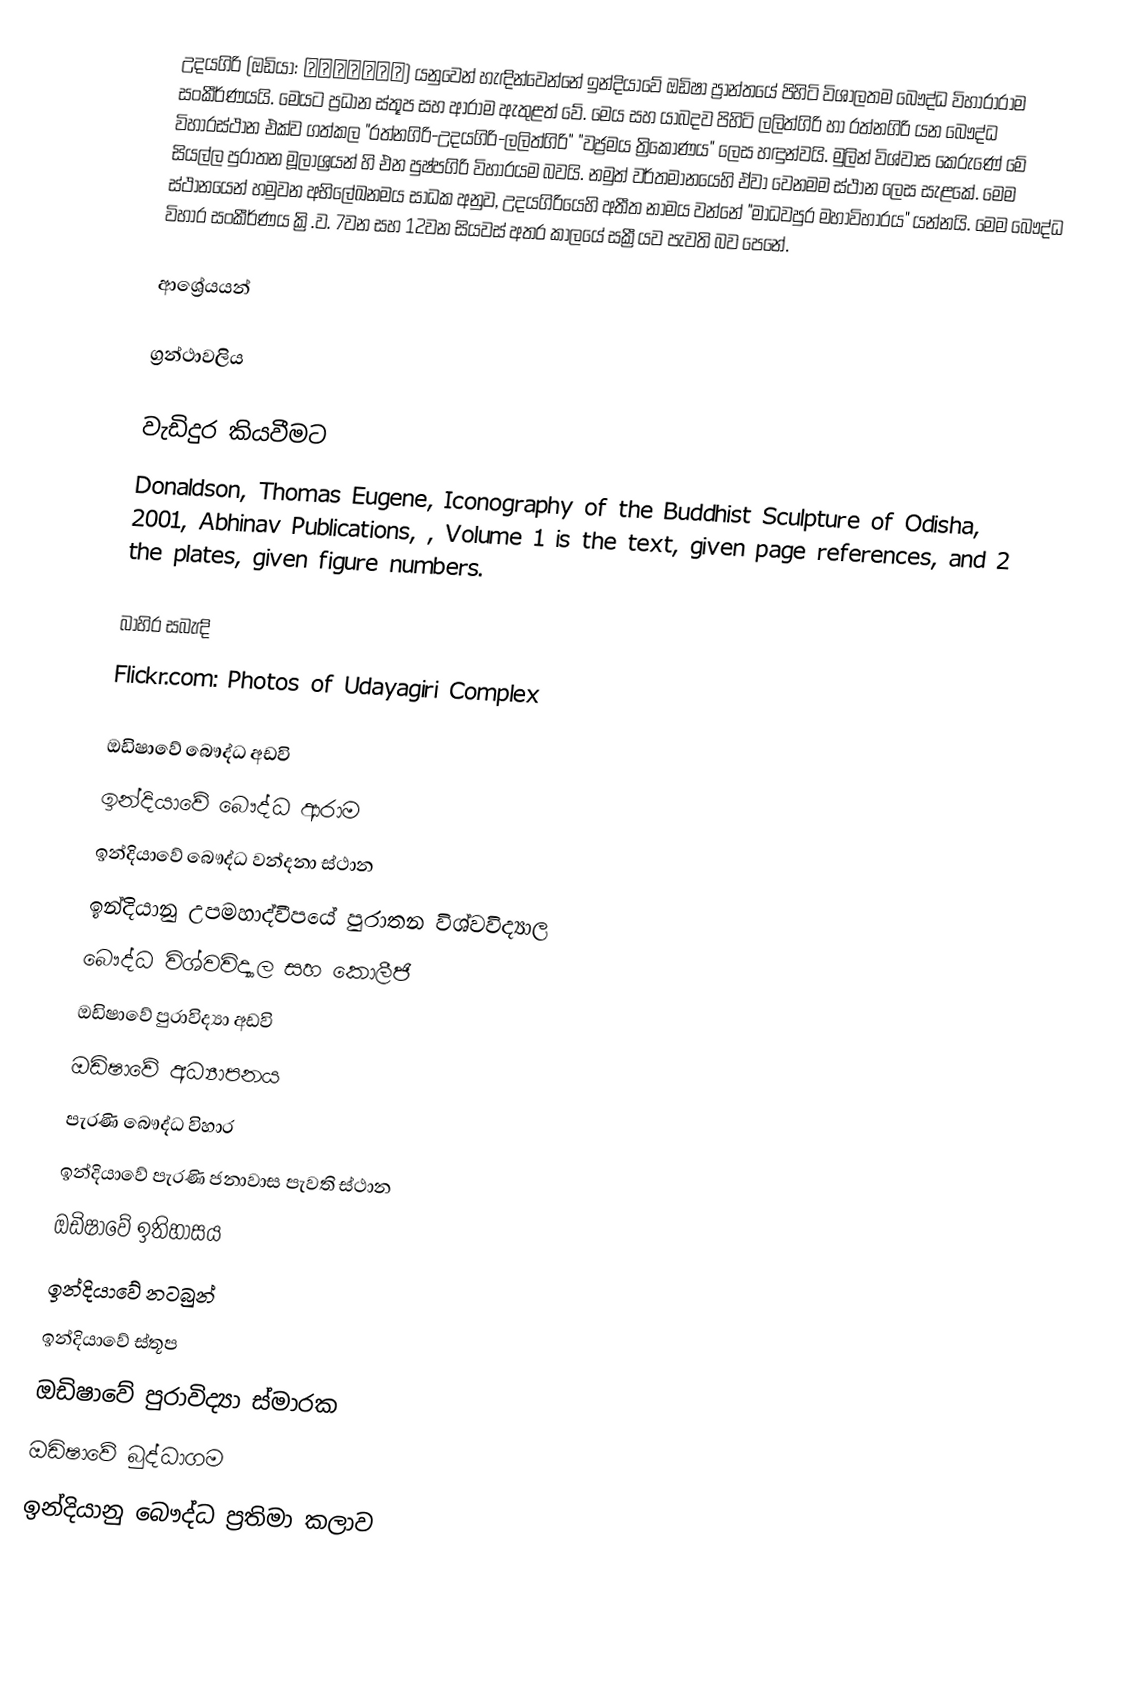
උදයගිරි (ඔඩියා: ଉଦୟଗିରି) යනුවෙන් හැඳින්වෙන්නේ ඉන්දියාවේ ඔඩිෂා ප්‍රාන්තයේ පිහිටි විශාලතම බෞද්ධ විහාරාරාම සංකීර්ණයයි. මෙයට ප්‍රධාන ස්තූප සහ ආරාම ඇතුළත් වේ. මෙය සහ යාබදව පිහිටි ලලිත්ගිරි හා රත්නගිරි යන බෞද්ධ විහාරස්ථාන එක්ව ගත්කල "රත්නගිරි-උදයගිරි-ලලිත්ගිරි" "වජ්‍රමය ත්‍රිකෝණය" ලෙස හඳුන්වයි. මුලින් විශ්වාස කෙරුණේ මේ සියල්ල පුරාතන මූලාශ්‍රයන් හි එන පුෂ්පගිරි විහාරයම බවයි. නමුත් වර්තමානයෙහි ඒවා වෙනමම ස්ථාන ලෙස සැළකේ. මෙම ස්ථානයෙන් හමුවන අභිලේඛනමය සාධක අනුව, උදයගිරියෙහි අතීත නාමය වන්නේ "මාධවපුර මහාවිහාරය" යන්නයි. මෙම බෞද්ධ විහාර සංකීර්ණය ක්‍රි.ව. 7වන සහ 12වන සියවස් අතර කාලයේ සක්‍රීයව පැවති බව පෙනේ.

ආශ්‍රේයයන්

ග්‍රන්ථාවලිය

වැඩිදුර කියවීමට
 Donaldson, Thomas Eugene, Iconography of the Buddhist Sculpture of Odisha, 2001, Abhinav Publications, , Volume 1 is the text, given page references, and 2 the plates, given figure numbers.

බාහිර සබැඳි
Flickr.com: Photos of Udayagiri Complex

ඔඩිෂාවේ බෞද්ධ අඩවි
ඉන්දියාවේ බෞද්ධ ආරාම
ඉන්දියාවේ බෞද්ධ වන්දනා ස්ථාන
ඉන්දියානු උපමහාද්වීපයේ පුරාතන විශ්වවිද්‍යාල
බෞද්ධ විශ්වවිද්‍යාල සහ කොලීජි
ඔඩිෂාවේ පුරාවිද්‍යා අඩවි
ඔඩිෂාවේ අධ්‍යාපනය
පැරණි බෞද්ධ විහාර
ඉන්දියාවේ පැරණි ජනාවාස පැවති ස්ථාන
ඔඩිෂාවේ ඉතිහාසය
ඉන්දියාවේ නටබුන්
ඉන්දියාවේ ස්තූප
ඔඩිෂාවේ පුරාවිද්‍යා ස්මාරක
ඔඩිෂාවේ බුද්ධාගම
ඉන්දියානු බෞද්ධ ප්‍රතිමා කලාව